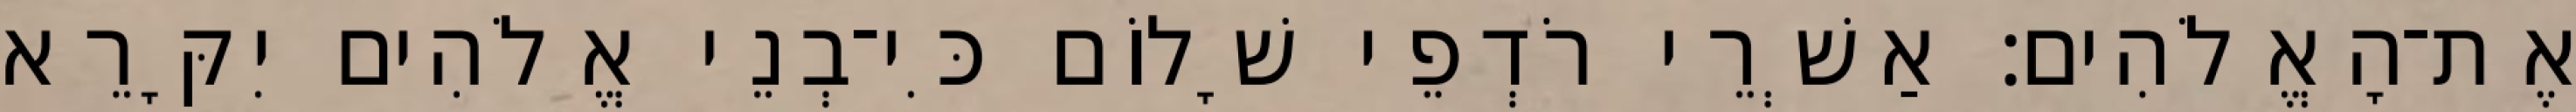
אֶת־הָאֱלֹהִים׃ אַשְׁרֵי רֹדְפֵי שָׁלוֹם כִּי־בְנֵי אֱלֹהִים יִקָּרֵא